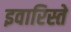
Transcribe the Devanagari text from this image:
इवारिस्ते